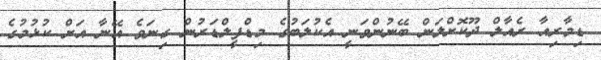
ޑިމާރިއާ ރެއާލް ދޫކޮށްލަން ބޭނުންވަނީ އެކުލަބުގެ މިޑްފީލްޑަރުން ގިނަވެ އޭނާ އަށް ކުޅުމުގެ